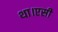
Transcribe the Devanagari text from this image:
था।एसी